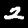
Label: 2